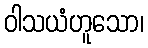
ဝါသယံဟူသော၊